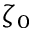
\zeta _ { 0 }